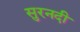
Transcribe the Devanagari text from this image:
सुरनदी